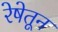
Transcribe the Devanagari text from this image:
रेषेतून